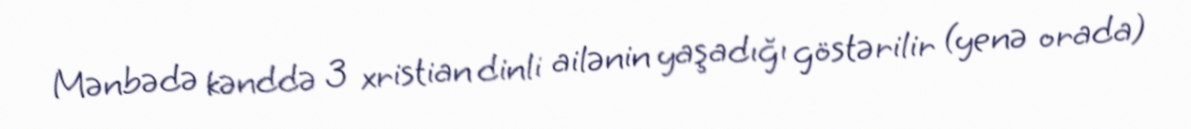
Mənbədə kənddə 3 xristian dinli ailənin yaşadığı göstərilir (yenə orada)